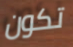
تكون